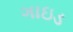
ગાઇડ